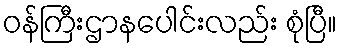
ဝန်ကြီးဌာနပေါင်းလည်း စုံပြီ။